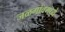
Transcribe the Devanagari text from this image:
जळगांवमध्ये